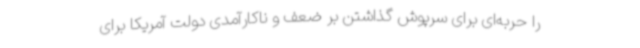
را حربه‌ای برای سرپوش گذاشتن بر ضعف و ناکارآمدی دولت آمریکا برای